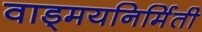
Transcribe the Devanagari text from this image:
वाड्मयनिर्मिती